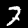
Digit: 7